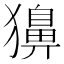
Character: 𤢳